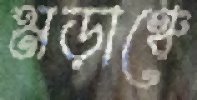
মড়াঞ্চে